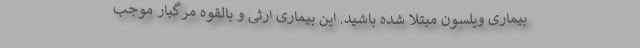
بیماری ویلسون مبتلا شده باشید. این بیماری ارثی و بالقوه مرگبار موجب